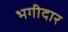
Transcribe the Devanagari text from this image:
भगीदार